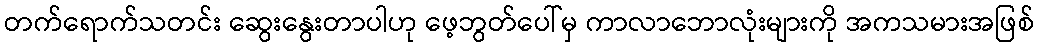
တက်ရောက်သတင်း ဆွေးနွေးတာပါဟု ဖေ့ဘွတ်ပေါ်မှ ကာလာဘောလုံးများကို အကသမားအဖြစ်